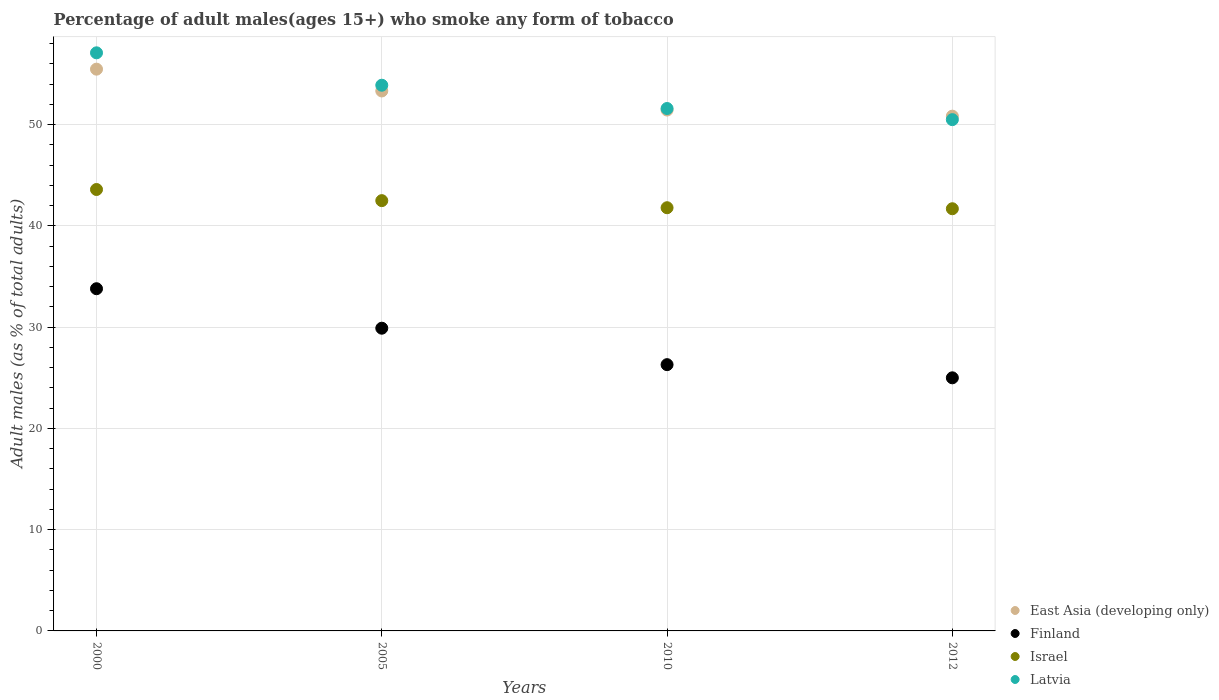
| Years | East Asia (developing only) | Finland | Israel | Latvia |
 | --- | --- | --- | --- | --- |
 | 2000 | 55.5 | 33.8 | 43.6 | 57.1 |
 | 2005 | 53.3 | 29.9 | 42.5 | 53.9 |
 | 2010 | 51.4 | 26.3 | 41.8 | 51.6 |
 | 2012 | 50.8 | 25 | 41.7 | 50.5 |